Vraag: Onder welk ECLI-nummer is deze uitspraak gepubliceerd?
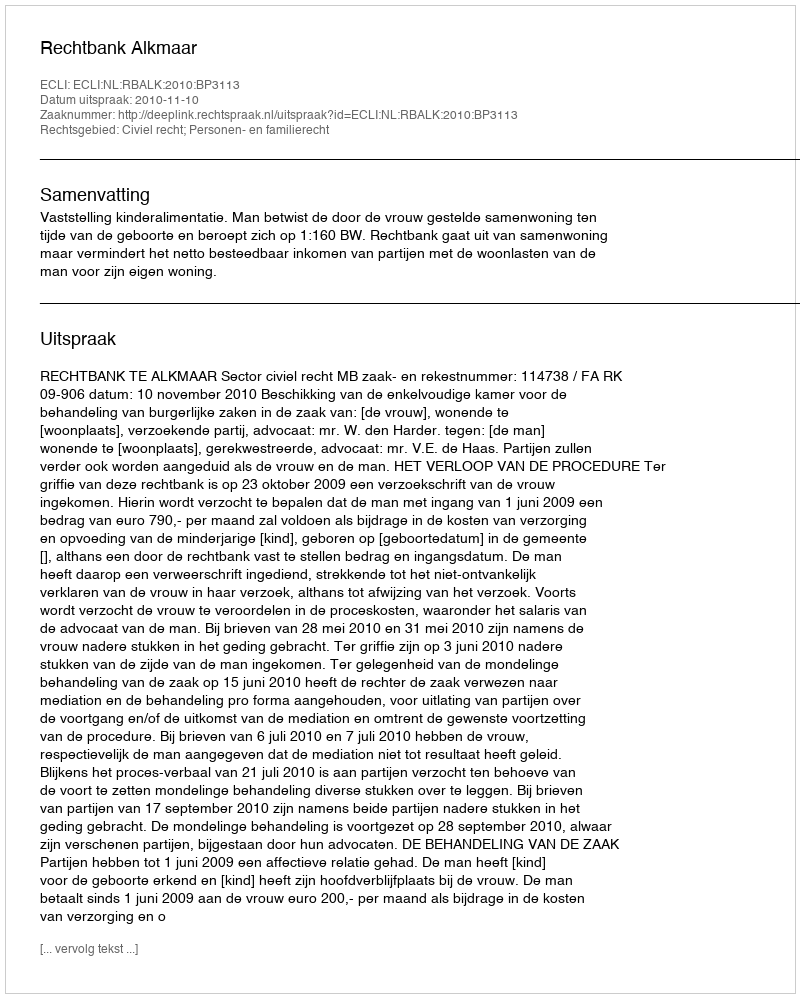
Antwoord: ECLI:NL:RBALK:2010:BP3113